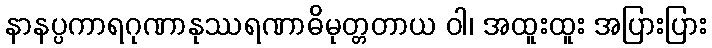
နာနပ္ပကာရဂုဏာနုဿရဏာဓိမုတ္တတာယ ဝါ၊ အထူးထူး အပြားပြား